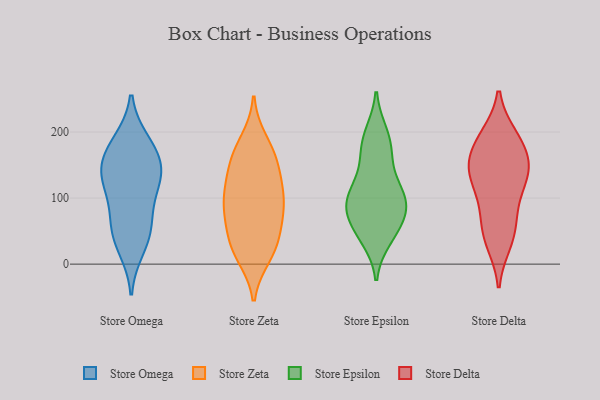
{"axis": {"x": "Population (Million)", "y": "Value"}, "legend": ["Store Delta", "Store Epsilon", "Store Omega", "Store Zeta"], "data": [{"x": "", "y": 152, "type": "Store Omega"}, {"x": "", "y": 135, "type": "Store Omega"}, {"x": "", "y": 107, "type": "Store Omega"}, {"x": "", "y": 157, "type": "Store Omega"}, {"x": "", "y": 45, "type": "Store Omega"}, {"x": "", "y": 182, "type": "Store Omega"}, {"x": "", "y": 68, "type": "Store Omega"}, {"x": "", "y": 24, "type": "Store Omega"}, {"x": "", "y": 138, "type": "Store Omega"}, {"x": "", "y": 118, "type": "Store Omega"}, {"x": "", "y": 54, "type": "Store Omega"}, {"x": "", "y": 185, "type": "Store Omega"}, {"x": "", "y": 22, "type": "Store Zeta"}, {"x": "", "y": 13, "type": "Store Zeta"}, {"x": "", "y": 70, "type": "Store Zeta"}, {"x": "", "y": 107, "type": "Store Zeta"}, {"x": "", "y": 123, "type": "Store Zeta"}, {"x": "", "y": 127, "type": "Store Zeta"}, {"x": "", "y": 59, "type": "Store Zeta"}, {"x": "", "y": 186, "type": "Store Zeta"}, {"x": "", "y": 161, "type": "Store Zeta"}, {"x": "", "y": 91, "type": "Store Zeta"}, {"x": "", "y": 95, "type": "Store Zeta"}, {"x": "", "y": 82, "type": "Store Zeta"}, {"x": "", "y": 31, "type": "Store Zeta"}, {"x": "", "y": 166, "type": "Store Zeta"}, {"x": "", "y": 25, "type": "Store Zeta"}, {"x": "", "y": 158, "type": "Store Zeta"}, {"x": "", "y": 192, "type": "Store Epsilon"}, {"x": "", "y": 106, "type": "Store Epsilon"}, {"x": "", "y": 197, "type": "Store Epsilon"}, {"x": "", "y": 47, "type": "Store Epsilon"}, {"x": "", "y": 54, "type": "Store Epsilon"}, {"x": "", "y": 128, "type": "Store Epsilon"}, {"x": "", "y": 99, "type": "Store Epsilon"}, {"x": "", "y": 65, "type": "Store Epsilon"}, {"x": "", "y": 39, "type": "Store Epsilon"}, {"x": "", "y": 167, "type": "Store Epsilon"}, {"x": "", "y": 86, "type": "Store Epsilon"}, {"x": "", "y": 100, "type": "Store Epsilon"}, {"x": "", "y": 84, "type": "Store Epsilon"}, {"x": "", "y": 165, "type": "Store Epsilon"}, {"x": "", "y": 98, "type": "Store Epsilon"}, {"x": "", "y": 127, "type": "Store Delta"}, {"x": "", "y": 187, "type": "Store Delta"}, {"x": "", "y": 193, "type": "Store Delta"}, {"x": "", "y": 165, "type": "Store Delta"}, {"x": "", "y": 141, "type": "Store Delta"}, {"x": "", "y": 139, "type": "Store Delta"}, {"x": "", "y": 56, "type": "Store Delta"}, {"x": "", "y": 190, "type": "Store Delta"}, {"x": "", "y": 98, "type": "Store Delta"}, {"x": "", "y": 40, "type": "Store Delta"}, {"x": "", "y": 148, "type": "Store Delta"}, {"x": "", "y": 138, "type": "Store Delta"}, {"x": "", "y": 33, "type": "Store Delta"}, {"x": "", "y": 79, "type": "Store Delta"}]}